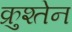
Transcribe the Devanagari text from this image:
क्रुश्तेन